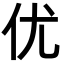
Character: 优